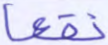
نقعا